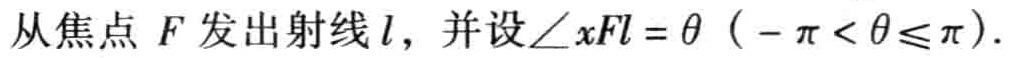
从焦点 \(F\) 发出射线 \(l\)，并设\(\angle xFl = \theta\)（\(-\pi < \theta\leqslant \pi\)）.